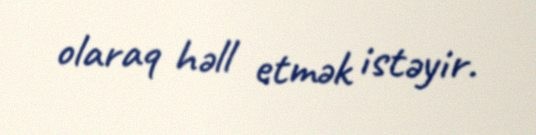
olaraq həll etmək istəyir.